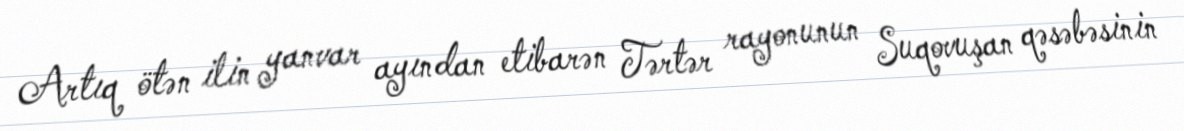
Artıq ötən ilin yanvar ayından etibarən Tərtər rayonunun Suqovuşan qəsəbəsinin